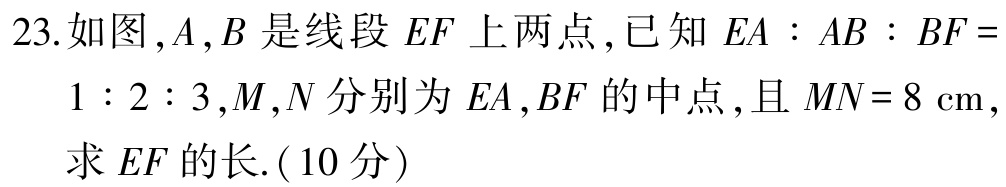
23.如图，\(A,B\)是线段 \(EF\) 上两点，已知 \(EA:AB:BF = 1:2:3\)，\(M,N\) 分别为 \(EA,BF\) 的中点，且 \(MN = 8\mathrm{cm}\)，求 \(EF\) 的长.（10分）